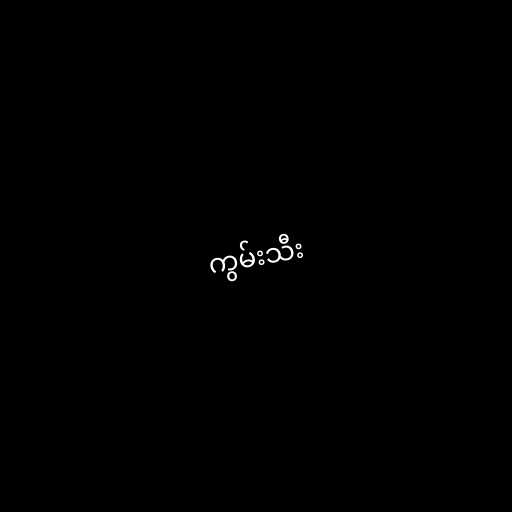
ကွမ်းသီး